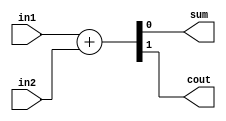
module half_adder
(
input wire in1 ,//1
input wire in2 ,//2

output wire sum , //
output wire cout //

);


assign {cout,sum} = in1 + in2;

endmodule